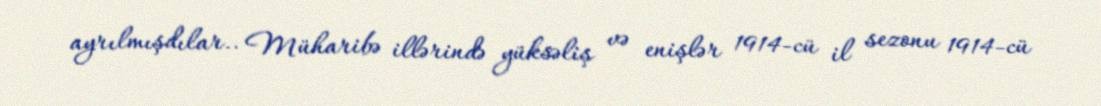
ayrılmışdılar.. Müharibə illərində yüksəliş və enişlər 1914-cü il sezonu 1914-cü